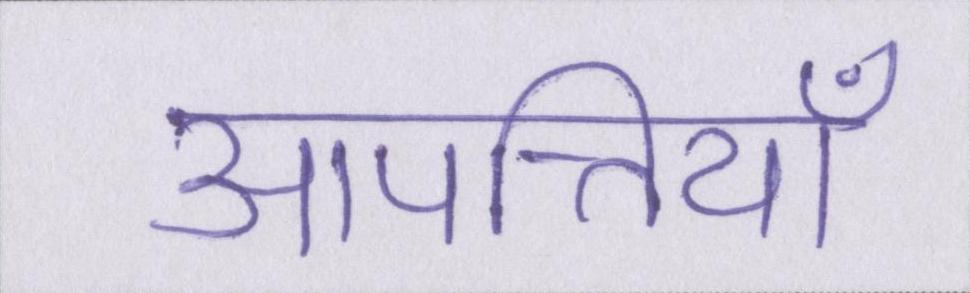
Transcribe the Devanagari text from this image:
आपत्तियाँ